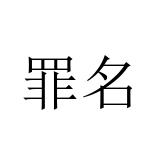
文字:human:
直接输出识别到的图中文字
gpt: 罪名